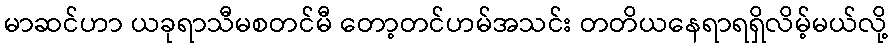
မာဆင်ဟာ ယခုရာသီမစတင်မီ တော့တင်ဟမ်အသင်း တတိယနေရာရရှိလိမ့်မယ်လို့